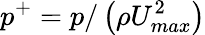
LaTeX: p^{+}=p/\left(\rho U_{max}^{2}\right)